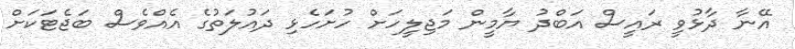
އޭނާ ދާޅުވީ ރައީސް އަބްދު ޔާމީން މަޖިލީހަށް ހުށަހެޅި ދައުލަތުގެ އެއްވެސް ބަޖެޓަކަށް